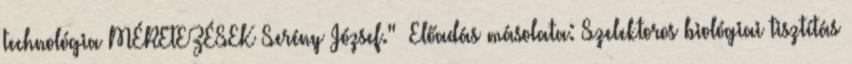
technológia MÉRETEZÉSEK Serény József."— Előadás másolata: Szelektoros biológiai tisztítás